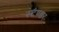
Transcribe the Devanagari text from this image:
स्टैण्डर